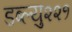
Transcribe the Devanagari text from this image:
डब्ल्यु२२१